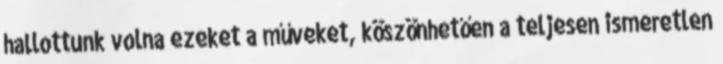
hallottunk volna ezeket a műveket, köszönhetően a teljesen ismeretlen